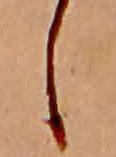
し